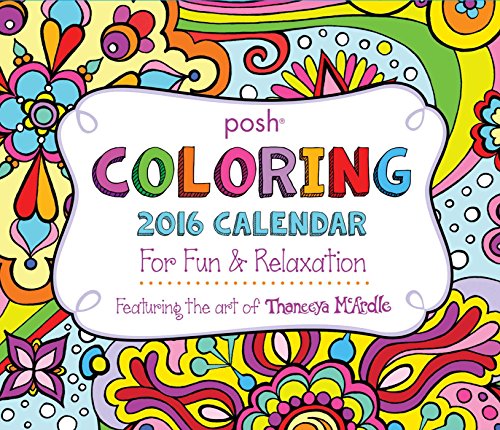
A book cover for Posh: Coloring 2016 Day-to-Day Calendar: For Fun & Relaxation; Thaneeya McArdle; Calendars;